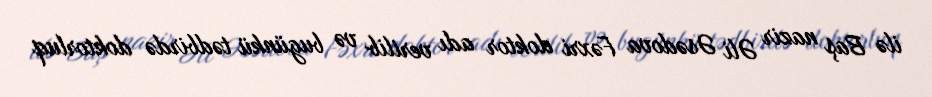
ilə Baş nazir Əli Əsədova Fəxri doktor adı verilib və bugünkü tədbirdə doktorluq